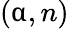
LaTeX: (\upalpha,n)